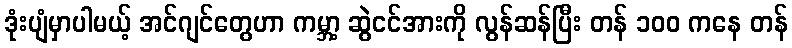
ဒုံးပျံမှာပါမယ့် အင်ဂျင်တွေဟာ ကမ္ဘာ့ ဆွဲငင်အားကို လွန်ဆန်ပြီး တန် ၁၀၀ ကနေ တန်